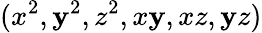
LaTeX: (x^{2},\mathbf{y}^{2},z^{2},x\mathbf{y},xz,\mathbf{y}z)